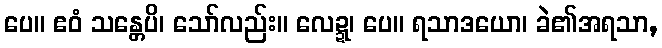
ပေ။ ဧဝံ သန္တေပိ၊ သော်လည်း။ လေဍ္ဍ၊ ပေ။ ရသာဒယော၊ ခဲ၏အရသာ,